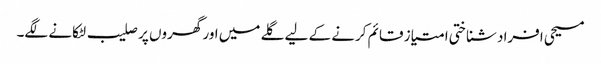
مسیحی افراد شناختی امتیاز قائم کرنے کے لیے گلے میں اور گھروں پر صلیب لٹکانے لگے۔